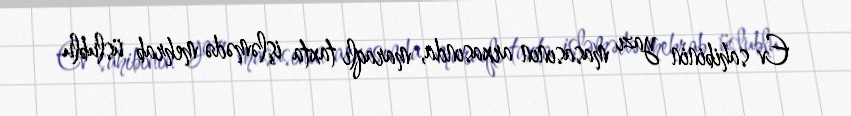
Ev sahibinin yazı masasının arxasında, maraqlı taxta işləmədə mehrab üslublu